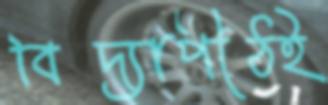
বিদ্যাপীঠই